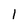
Character: 1